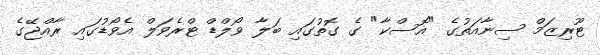
ޓޫރިޒަމް ސިނާއަތުގެ "އޮސްކާ" ގެ ގޮތުގައި ބަލާ ވޯލްޑް ޓްރެވަލް އެވޯޑުގައި ރާއްޖޭގެ